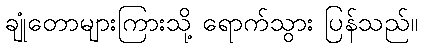
ချုံတောများကြားသို့ ရောက်သွား ပြန်သည်။